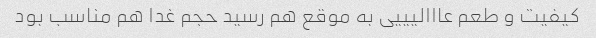
کیفیت و طعم عااالیییی به موقع هم رسید حجم غدا هم مناسب بود